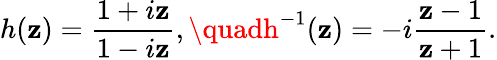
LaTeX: h(\mathbf{z})=\frac{{1+i\mathbf{z}}}{{1-i\mathbf{z}}},\quadh^{-1}(\mathbf{z})=-i\frac{{\mathbf{z}-1}}{{\mathbf{z}+1}}.